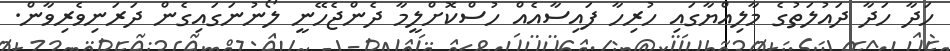
ހަދާ ހަދާ ދައުލަތުގެ މާލިއްޔާގައި ހުރިހާ ފައިސާއެއް ހުސްކޮށްލީމާ ދެންޖެހޭނީ ލޯނުނަގައިގެން ދަރަނިވެރިވާން.